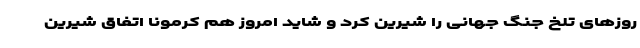
روزهای تلخ جنگ جهانی را شیرین کرد و شاید امروز هم کرمونا اتفاق شیرین